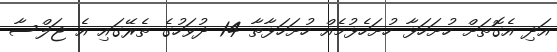
އަދި އެގޮތަށް ހުށަހަޅާ ހުށަހެޅުމެއް ހުށަހަޅާތާ 14 ދުވަހުގެ ތެރޭގައި އެ ޖަލްސާ